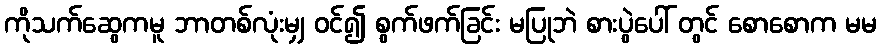
ကိုသက်ဆွေကမူ ဘာတစ်လုံးမျှ ဝင်၍ စွက်ဖက်ခြင်း မပြုဘဲ စားပွဲပေါ် တွင် စောစောက မမ